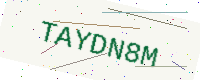
Text: TAYDN8M